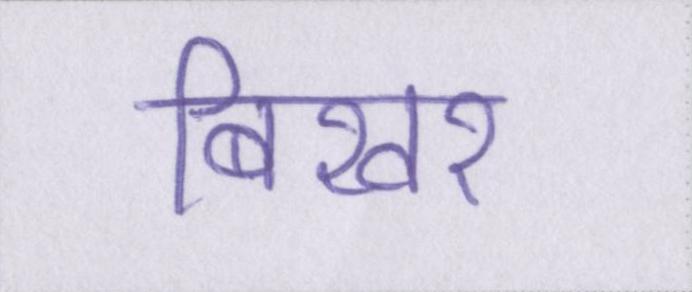
बिखर